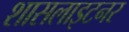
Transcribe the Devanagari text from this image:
शासलाइटनर